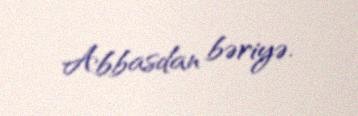
Abbasdan bəriyə.